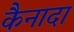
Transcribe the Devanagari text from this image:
कैनादा